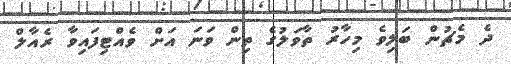
ދެ މެޗުން ބަލިވެ މިހާރު ތާވަލުގެ ތިން ވަނަ އަށް ވެއްޓިފައިވާ ރެއާލް